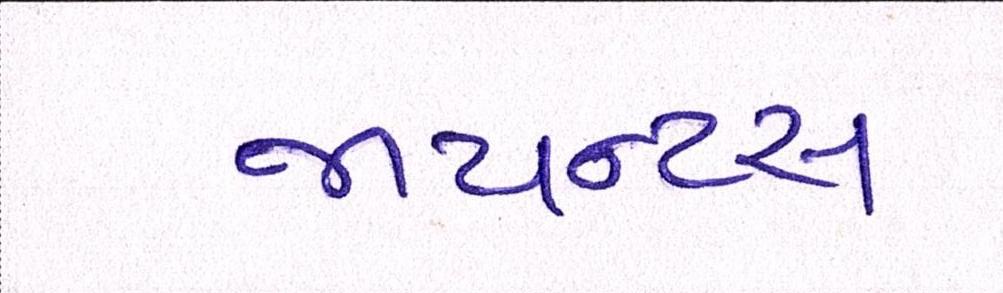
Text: જાયન્ટસ